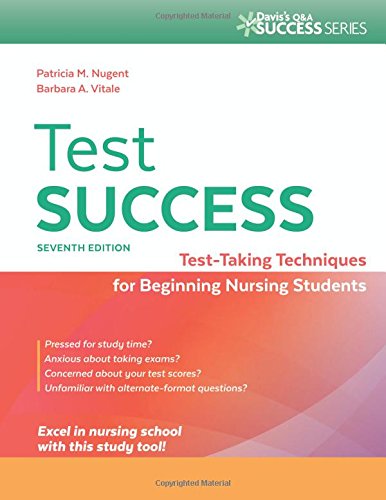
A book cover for Test Success: Test-Taking Techniques for Beginning Nursing Students; Patricia M. Nugent RN  EdD; Medical Books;